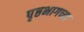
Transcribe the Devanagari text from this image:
पृष्ठभागच्या